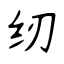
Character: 纫